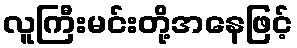
လူကြီးမင်းတို့အနေဖြင့်